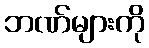
ဘဏ်များကို